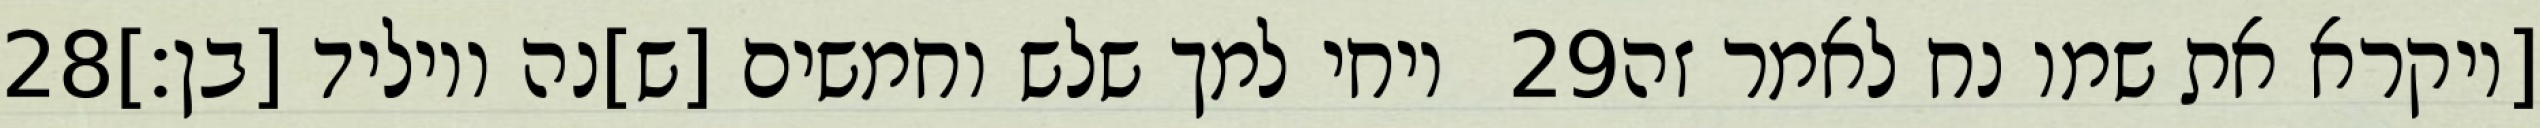
‎28‏ ויחי למך שלש וחמשים [ש]נה ויוליד [בן׃] ‎29‏ [ויקרא את שמו נח לאמר זה